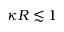
\kappa R \lesssim 1